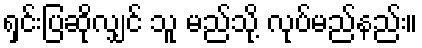
ရှင်းပြဆိုလျှင် သူ မည်သို့ လုပ်မည်နည်း။